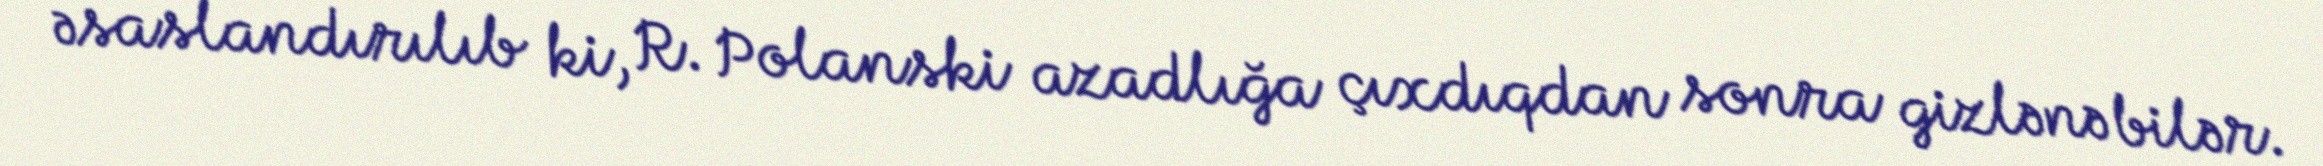
əsaslandırılıb ki, R. Polanski azadlığa çıxdıqdan sonra gizlənə bilər.